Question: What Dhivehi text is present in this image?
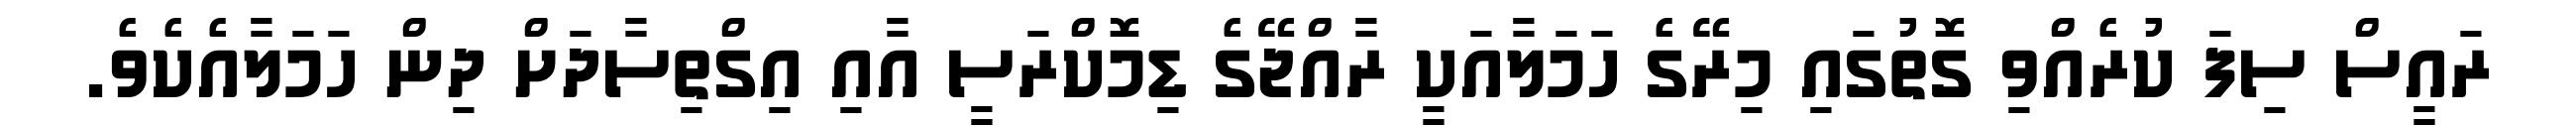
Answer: ރައީސް ސިފަ ކުރެއްވި ގޮތުގައި މިރޭގެ ހަމަލާއަކީ ރާއްޖޭގެ ޑިމޮކްރަސީ އާއި އިގްތިސާދަށް ދިން ހަމަލާއެކެވެ.